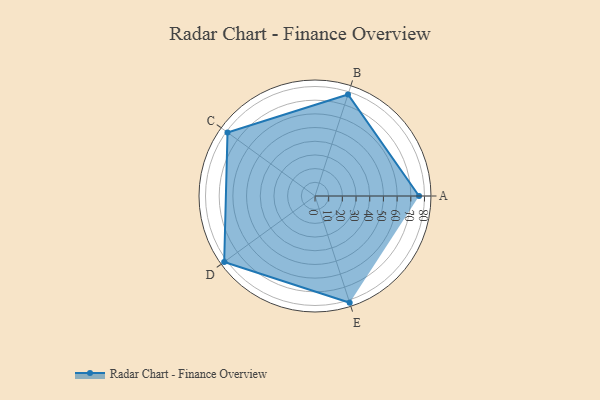
{"axis": {"x": "Skill", "y": "Score"}, "legend": ["Profile"], "data": [{"x": "A", "y": 76.0, "type": "Profile"}, {"x": "B", "y": 78.0, "type": "Profile"}, {"x": "C", "y": 79.0, "type": "Profile"}, {"x": "D", "y": 82.0, "type": "Profile"}, {"x": "E", "y": 82.0, "type": "Profile"}]}